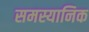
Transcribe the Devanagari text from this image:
समस्यानिक